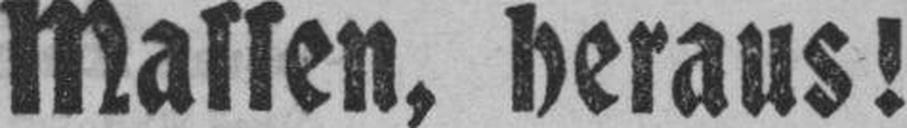
Massen, heraus!